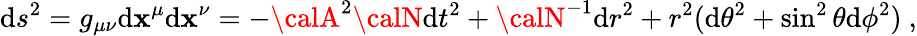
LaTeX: \mathrm{d}s^{2}=g_{\mu\nu}\mathrm{d}\mathbf{x}^{\mu}\mathrm{d}\mathbf{x}^{\nu}=-{\calA}^{2}{\calN}\mathrm{d}t^{2}+{\calN}^{-1}\mathrm{d}r^{2}+r^{2}(\mathrm{d}\theta^{2}+\sin^{2}\theta\mathrm{d}\phi^{2})\ ,